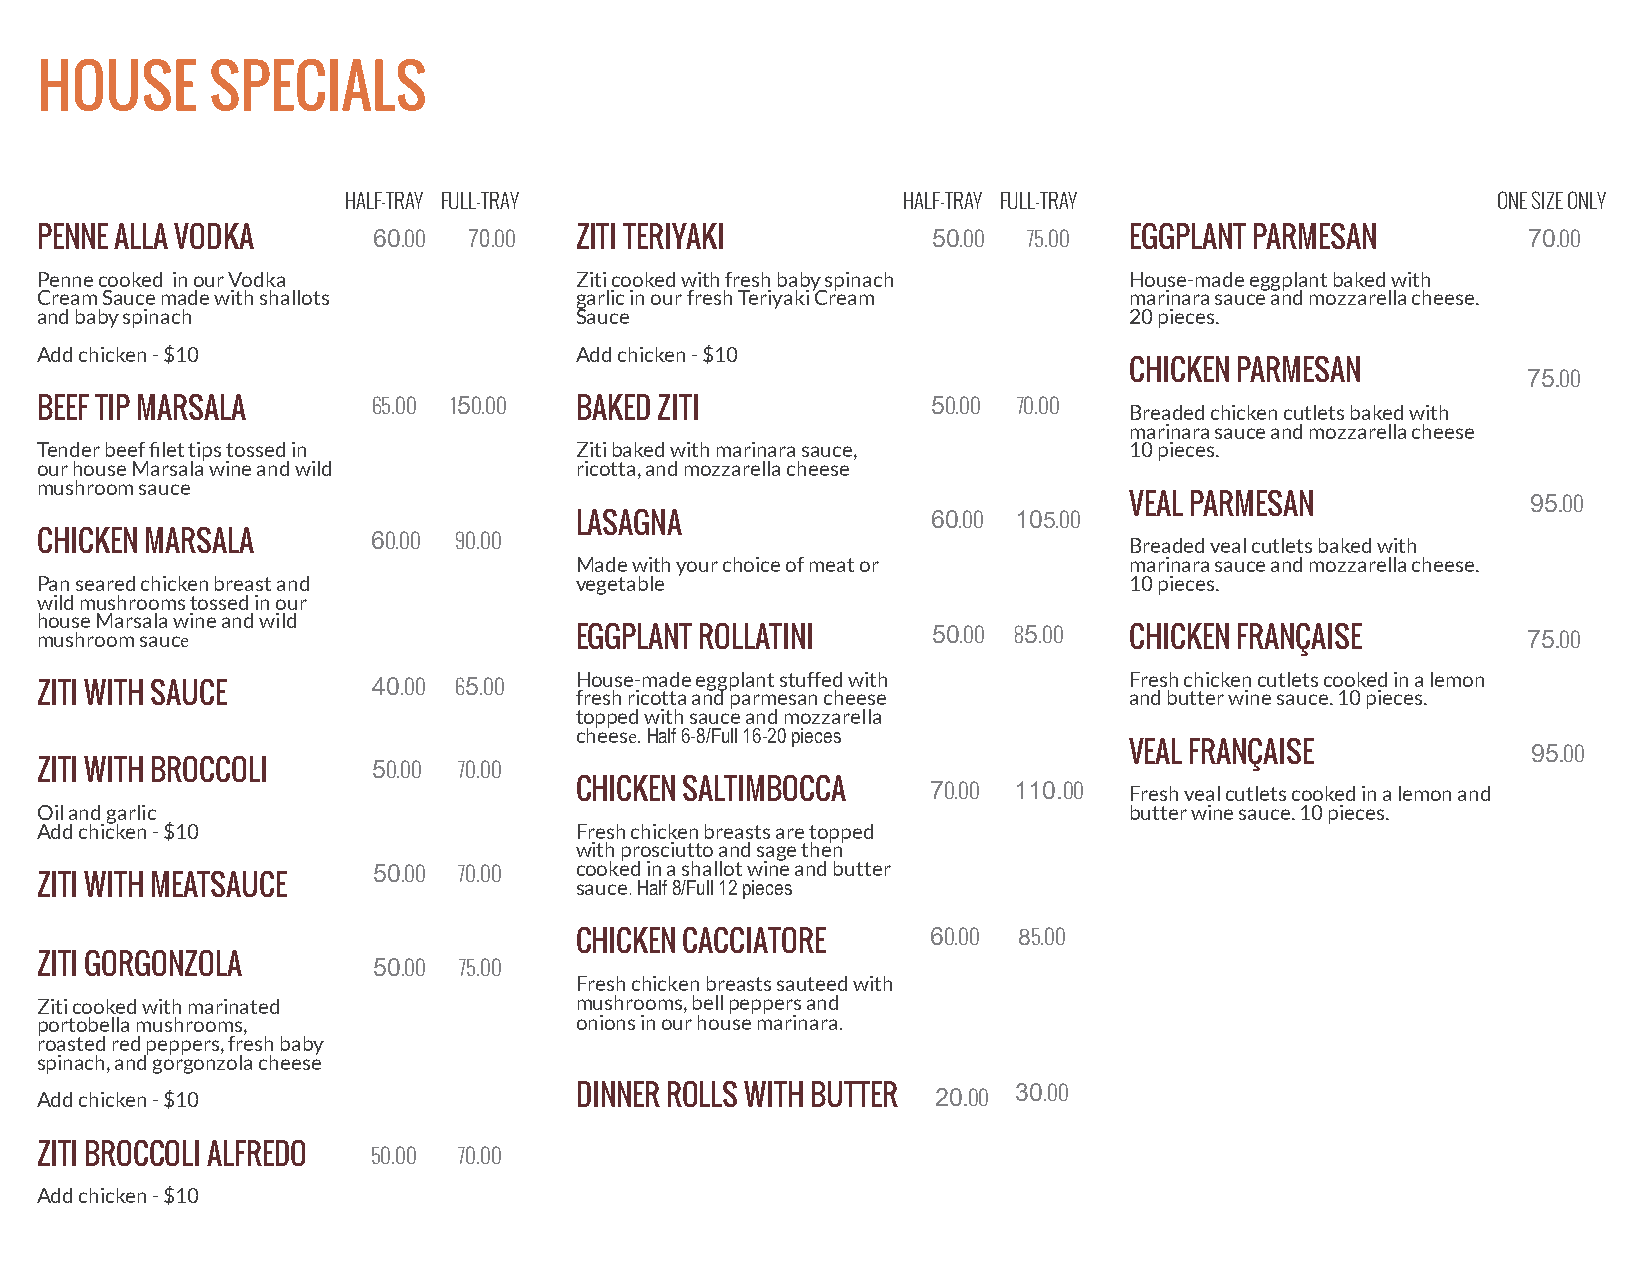
HOUSE       SPECIALS
 HALF-TRAY FULL-TRAY                  HALF-TRAY FULL-TRAY                    ONE SIZE ONLY
 PENNE ALLA VODKA       60.00 70.00  ZITI TERIYAKI           50.00 75.00  EGGPLANT PARMESAN         70.00
 Penne cooked in our Vodka           Ziti cooked with fresh baby spinach  House-made eggplant baked with
 Cream Sauce made with shallots      garlic in our fresh Teriyaki Cream   marinara sauce and mozzarella cheese.
 and baby spinach                    Sauce                                20 pieces.
 Add chicken - $10                   Add chicken - $10
 CHICKEN PARMESAN
 75.00
 BEEF TIP MARSALA       65.00 150.00 BAKED ZITI              50.00 70.00  Breaded chicken cutlets baked with
 marinara sauce and mozzarella cheese
 Tender beef filet tips tossed in    Ziti baked with marinara sauce,      10 pieces.
 our house Marsala wine and wild     ricotta, and mozzarella cheese
 mushroom sauce
 VEAL PARMESAN             95.00
 LASAGNA                 60.00 105.00
 CHICKEN MARSALA        60.00 90.00                                       Breaded veal cutlets baked with
 Made with your choice of meat or     marinara sauce and mozzarella cheese.
 Pan seared chicken breast and       vegetable                            10 pieces.
 wild mushrooms tossed in our
 house Marsala wine and wild
 mushroom sauce                      EGGPLANT ROLLATINI      50.00 85.00  CHICKEN FRANÇAISE         75.00
 House-made eggplant stuffed with     Fresh chicken cutlets cooked in a lemon
 ZITI WITH SAUCE
 40.00 65.00
 fresh ricotta and parmesan cheese    and butter wine sauce. 10 pieces.
 topped with sauce and mozzarella
 cheese. Half 6-8/Full 16-20 pieces
 VEAL FRANÇAISE            95.00
 ZITI WITH BROCCOLI     50.00 70.00
 CHICKEN SALTIMBOCCA     70.00 110.00 Fresh veal cutlets cooked in a lemon and
 Oil and garlic                                                           butter wine sauce. 10 pieces.
 Add chicken - $10                   Fresh chicken breasts are topped
 with prosciutto and sage then
 cooked in a shallot wine and butter
 50.00 70.00
 ZITI WITH MEATSAUCE                 sauce. Half 8/Full 12 pieces
 CHICKEN CACCIATORE      60.00 85.00
 ZITI GORGONZOLA        50.00 75.00
 Fresh chicken breasts sauteed with
 Ziti cooked with marinated          mushrooms, bell peppers and
 portobella mushrooms,               onions in our house marinara.
 roasted red peppers, fresh baby
 spinach, and gorgonzola cheese
 Add chicken - $10                   DINNER ROLLS WITH BUTTER 20.00 30.00
 ZITI BROCCOLI ALFREDO  50.00 70.00
 Add chicken - $10